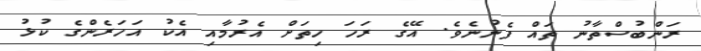
ރަންބުސްތާނު ތައް ފެނުނެވެ. އޭގެ ރަހަ ހިތަށް އެރުމާއި އެކު އަހަރެންގެ ކުޅު